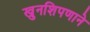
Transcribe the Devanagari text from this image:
खुनशिपणाने